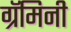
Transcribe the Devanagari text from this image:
ग्रॅमिनी